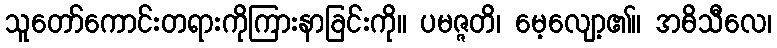
သူတော်ကောင်းတရားကိုကြားနာခြင်းကို။ ပမဇ္ဇတိ၊ မေ့လျော့၏။ အဓိသီလေ၊